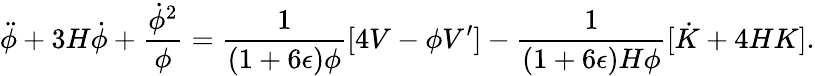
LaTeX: \ddot{\phi}+3H\dot{\phi}+{\frac{\dot{\phi}^{2}}{\phi}}={\frac{1}{(1+6\epsilon)\phi}}[4V-\phi V^{\prime}]-{\frac{1}{(1+6\epsilon)H\phi}}[\dot{K}+4HK].